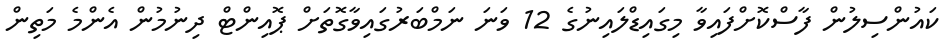
ކައުންސިލުން ފާސްކޮށްފައިވާ މިގައިޑްލައިނުގެ 12 ވަނަ ނަމްބަރުގައިވާގޮތަށް ޕޮއިންޓް ދިނުމުން އެންމެ މަތިން